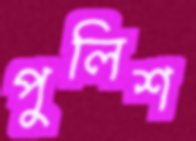
পুলিশ